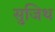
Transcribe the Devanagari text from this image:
सुजिथ